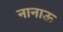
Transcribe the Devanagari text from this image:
नानाऊ